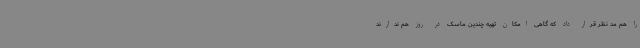
را هم مد نظر قرار داد که گاهی امکان تهیه چندین ماسک در روز هم ندارند